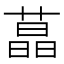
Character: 蕌